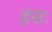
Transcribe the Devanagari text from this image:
हंसः